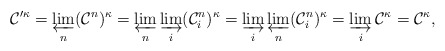
\begin{align*}\mathcal C'^\kappa = \varprojlim_n (\mathcal C^n)^\kappa = \varprojlim_n \varinjlim_i (\mathcal C_i^n)^\kappa = \varinjlim_i \varprojlim_n (\mathcal C_i^n)^\kappa = \varinjlim_i \mathcal C^\kappa = \mathcal C^\kappa,\end{align*}